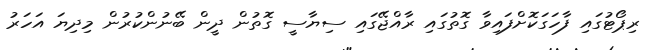
ރިޕޯޓުގައި ފާހަގަކޮށްފައިވާ ގޮތުގައި ރާއްޖޭގައި ސިޔާސީ ގޮތުން ދީން ބޭނުންކުރުން މިދިޔަ އަހަރު